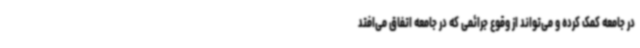
در جامعه کمک کرده و می‌تواند از وقوع جرائمی که در جامعه اتفاق می‌افتد